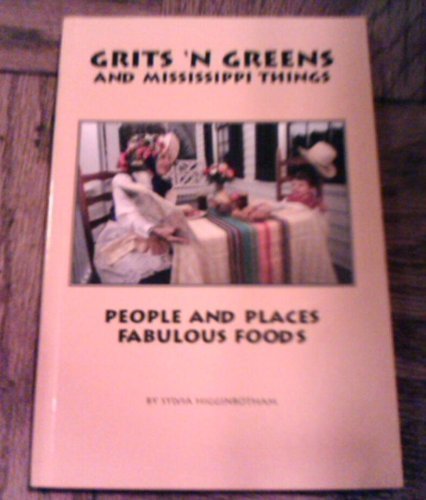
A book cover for Grits 'N Greens and Mississippi Things People and Places and Fabulous Foods; Sylvia Higginbotham; Travel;